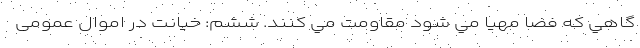
گاهي كه فضا مهيا مي شود مقاومت مي كنند. ششم: خیانت در اموال عمومی